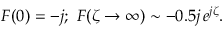
F ( 0 ) = - j ; \ F ( \zeta \to \infty ) \sim - 0 . 5 j \, e ^ { j \zeta } .